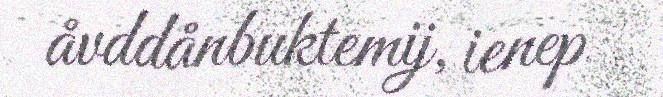
åvddånbuktemij, ienep